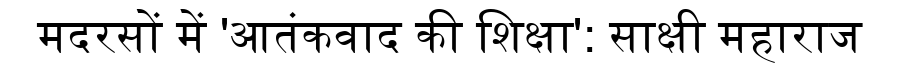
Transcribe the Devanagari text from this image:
मदरसों में 'आतंकवाद की शिक्षा': साक्षी महाराज